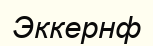
Эккернф